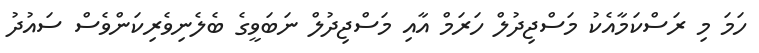
ހަމަ މި ރަސްކަމާއެކު މަސްޖިދުލް ހަރަމް އާއި މަސްޖިދުލް ނަބަވީގެ ބެލެނިވެރިކަންވެސް ސައުދު